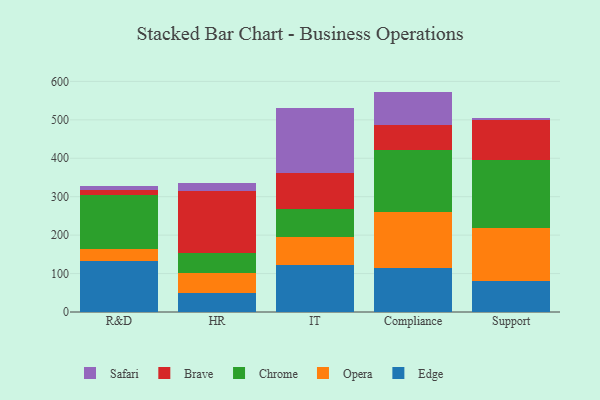
{"axis": {"x": "Department", "y": "LTV (USD)"}, "legend": ["Brave", "Chrome", "Edge", "Opera", "Safari"], "data": [{"x": "R&D", "y": 133.9, "type": "Edge"}, {"x": "R&D", "y": 30.5, "type": "Opera"}, {"x": "R&D", "y": 140.4, "type": "Chrome"}, {"x": "R&D", "y": 11.7, "type": "Brave"}, {"x": "R&D", "y": 10.4, "type": "Safari"}, {"x": "HR", "y": 49.9, "type": "Edge"}, {"x": "HR", "y": 51.7, "type": "Opera"}, {"x": "HR", "y": 50.7, "type": "Chrome"}, {"x": "HR", "y": 163.5, "type": "Brave"}, {"x": "HR", "y": 20.3, "type": "Safari"}, {"x": "IT", "y": 122.0, "type": "Edge"}, {"x": "IT", "y": 72.3, "type": "Opera"}, {"x": "IT", "y": 73.3, "type": "Chrome"}, {"x": "IT", "y": 93.8, "type": "Brave"}, {"x": "IT", "y": 169.9, "type": "Safari"}, {"x": "Compliance", "y": 114.6, "type": "Edge"}, {"x": "Compliance", "y": 144.4, "type": "Opera"}, {"x": "Compliance", "y": 161.5, "type": "Chrome"}, {"x": "Compliance", "y": 66.1, "type": "Brave"}, {"x": "Compliance", "y": 86.9, "type": "Safari"}, {"x": "Support", "y": 80.6, "type": "Edge"}, {"x": "Support", "y": 137.2, "type": "Opera"}, {"x": "Support", "y": 177.5, "type": "Chrome"}, {"x": "Support", "y": 103.2, "type": "Brave"}, {"x": "Support", "y": 7.4, "type": "Safari"}]}